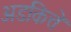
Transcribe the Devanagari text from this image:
अडकित्ते